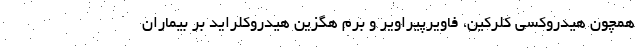
همچون هیدروکسی کلرکین، فاویرپیراویر و برم هگزین هیدروکلراید بر بیماران